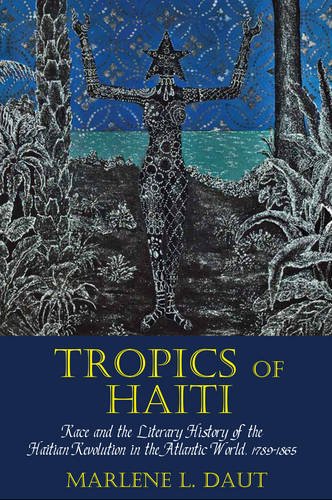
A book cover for Tropics of Haiti: Race and the Literary History of the Haitian Revolution in the Atlantic World, 1789-1865 (Liverpool Studies in International Slavery LUP); Marlene L. Daut; History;